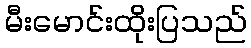
မီးမောင်းထိုးပြသည်